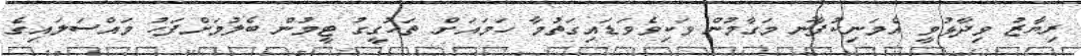
ރިޔާޒު ވިދާޅުވީ އެމަނިކުފާނު މަގާމުން ވަކިވެވަޑައިގަތުމާ ހަމައަށް ތަހުގީގު ޓީމުން ބެލުމަށްފަހު މައްސަލައިގެ